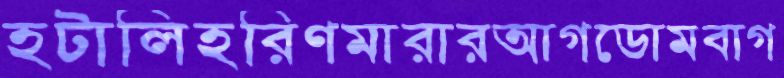
হটালিহরিণমারারআগডোমবাগ